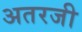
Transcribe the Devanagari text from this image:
अतरजी